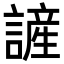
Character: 𮘷